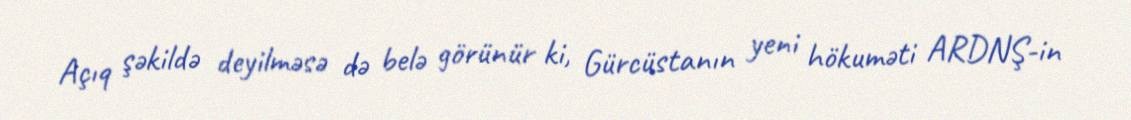
Açıq şəkildə deyilməsə də belə görünür ki, Gürcüstanın yeni hökuməti ARDNŞ-in